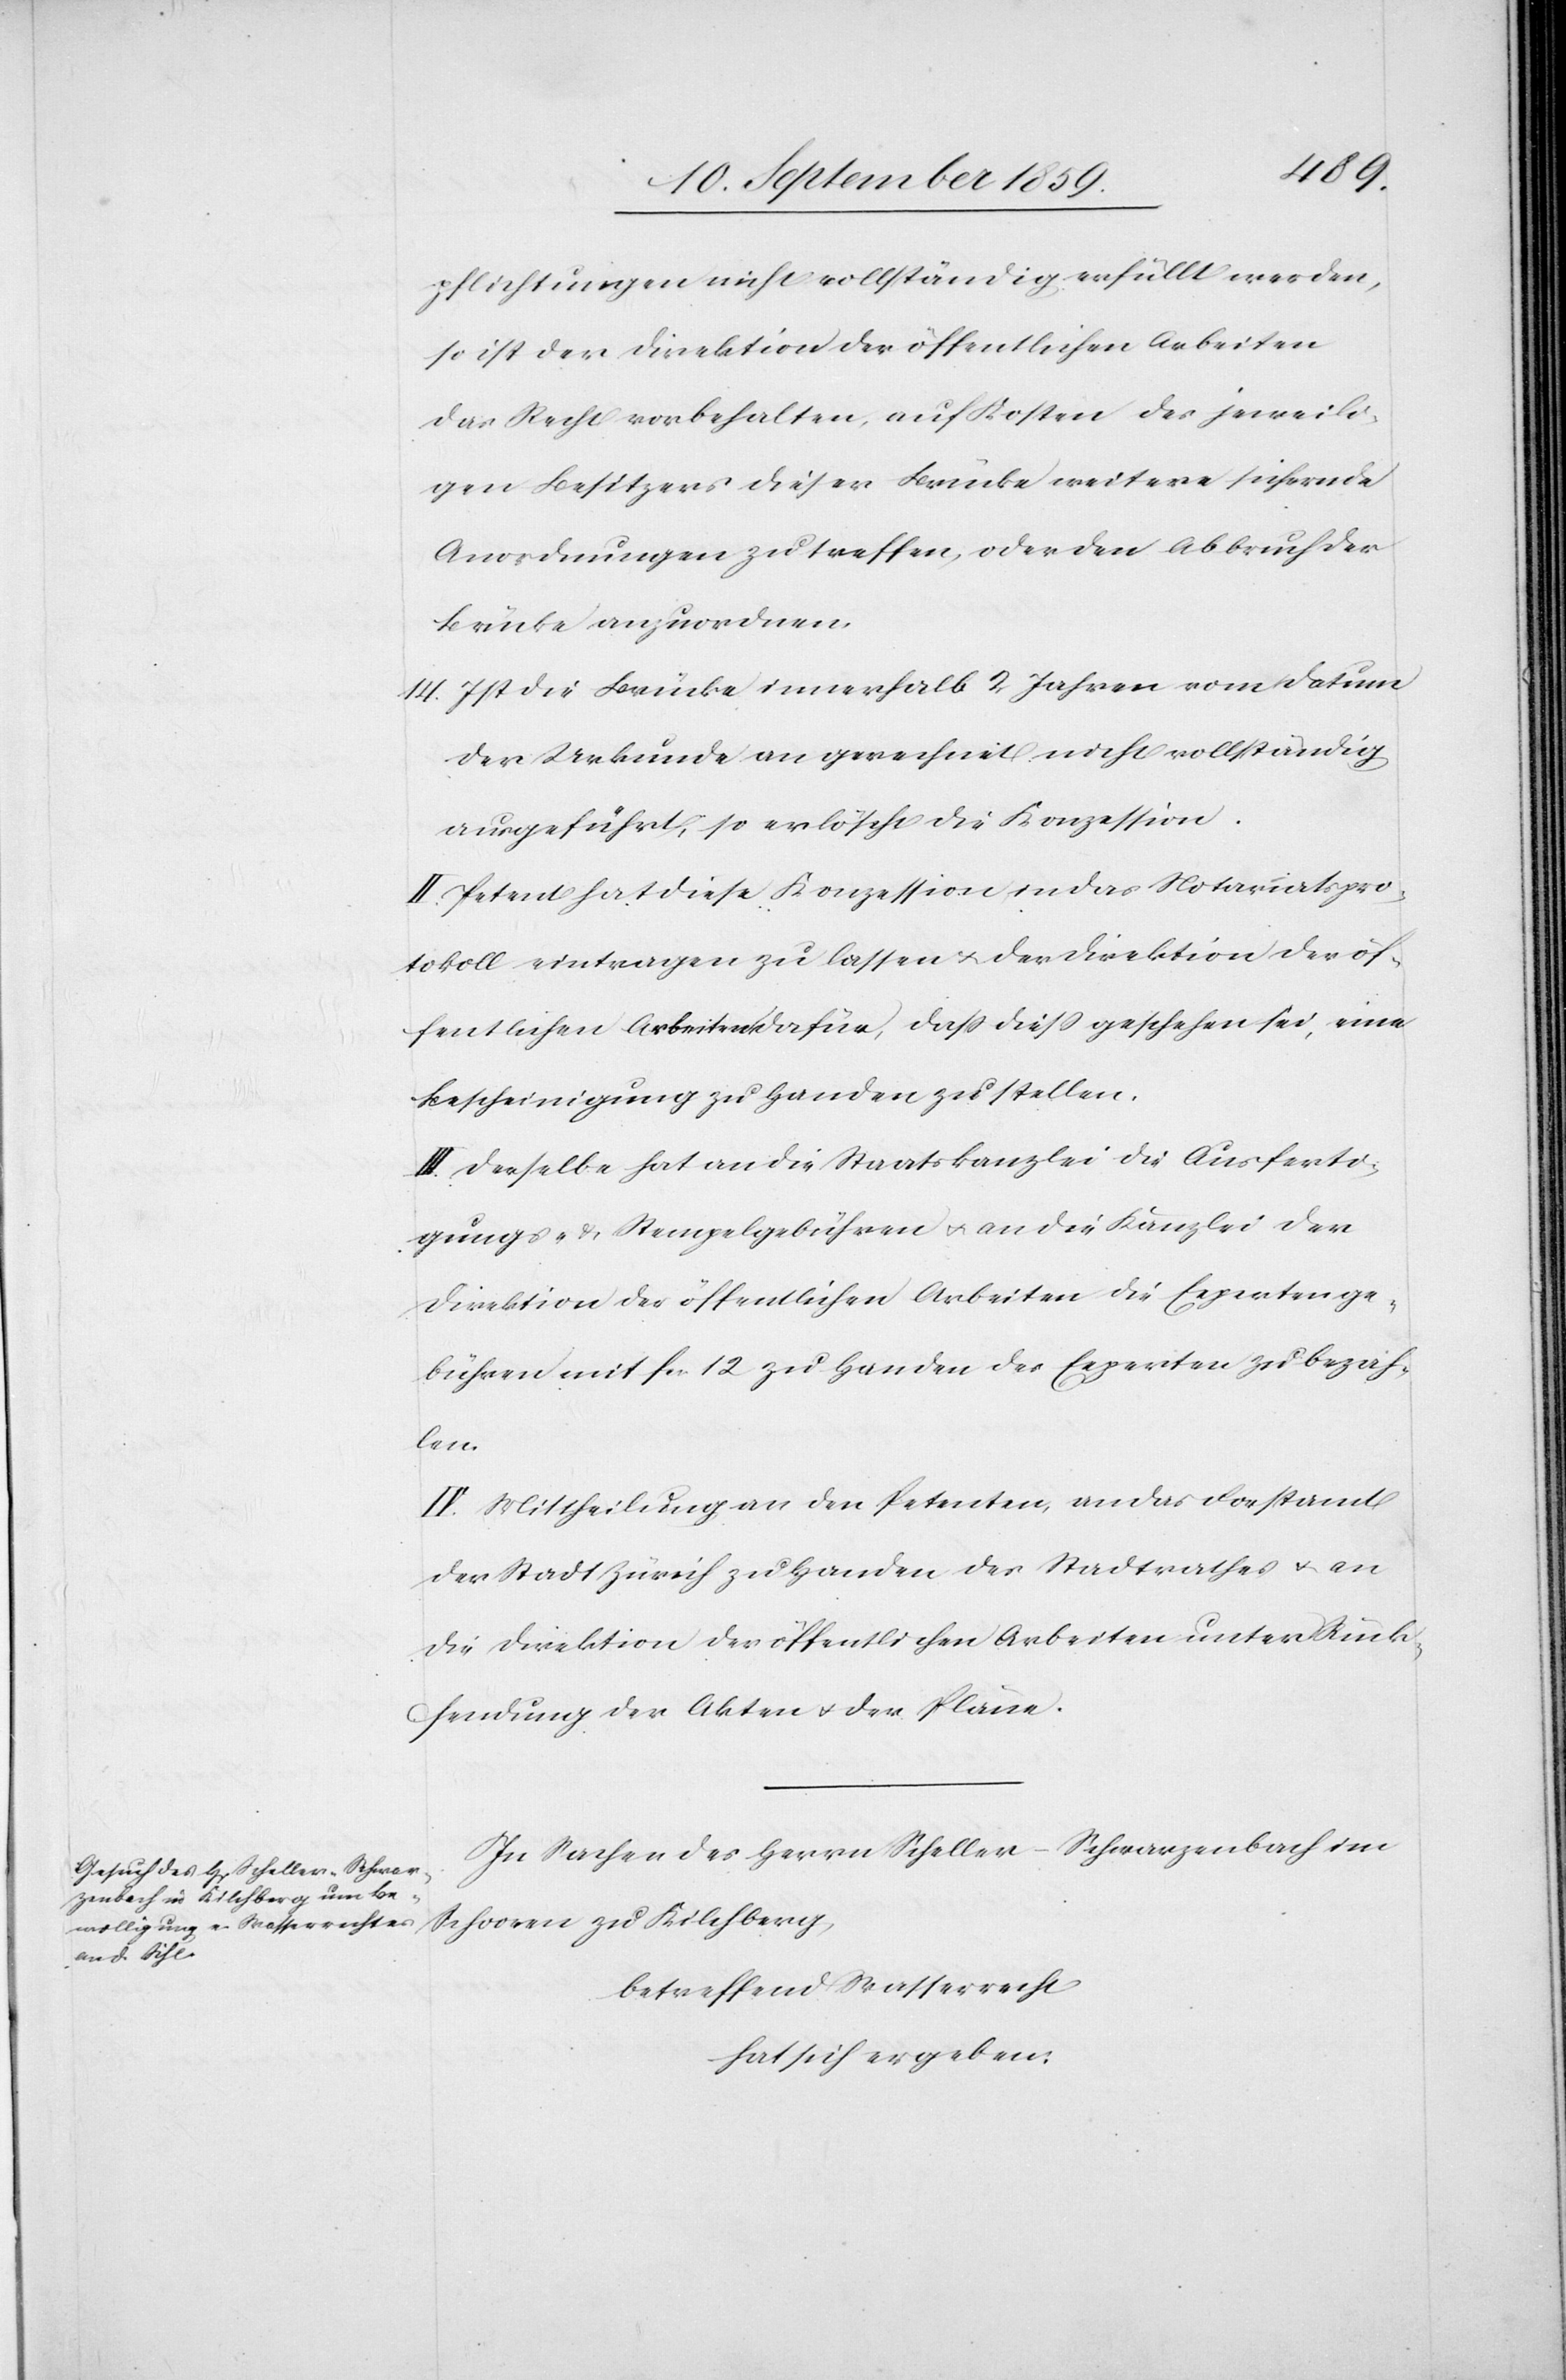
pflichtungen nicht vollständig erfüllt werden,
so ist der Direktion der öffentlichen Arbeiten
das Recht vorbehalten, auf Kosten des jeweili¬
gen Besitzers dieser Brücke weitere sichernde
Anordnungen zu treffen, oder den Abbruch der
Brücke anzuordnen.
14. Ist die Brücke innerhalb 2 Jahren vom Datum
der Urkunde an gerechnet nicht vollständig
ausgeführt, so erlöscht die Konzession.
II. Petent hat diese Konzession in das Notariatspro¬
tokoll eintragen zu lassen & der Direktion der öf¬
fentlichen Arbeiten dafür, daß dieß geschehen sei, eine
Bescheinigung zu Handen zustellen.
III. Derselbe hat an die Staatskanzlei die Ausferti¬
gungs- & Stempelgebühren & an die Kanzlei der
Direktion der öffentlichen Arbeiten die Expertenge¬
bühren mit fcs. 12 zu Handen des Experten zu bezah¬
len.
IV. Mittheilung an den Petenten, an das Forstamt
der Stadt Zürich zu Handen des Stadtrathes & an
die Direktion der öffentlichen Arbeiten unter Rück¬
sendung der Akten & der Pläne.
In Sachen des Herrn Scheller-Schwarzenbach im
Schooren zu Kilchberg,
betreffend Wasserrecht
hat sich ergeben: